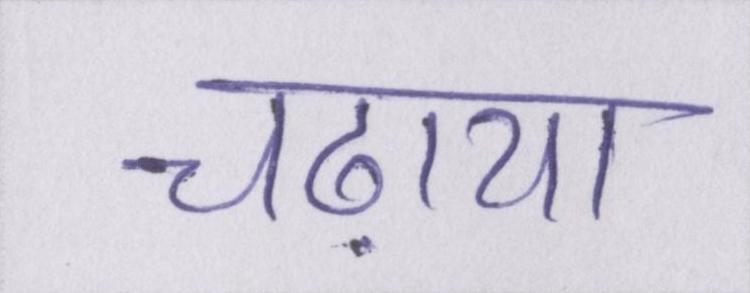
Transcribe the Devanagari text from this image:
चढ़ाया